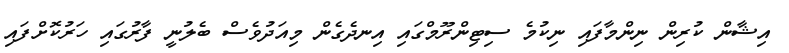
އިޝާން ކުރިން ނިންމާފައި ނިކުމެ ސިޓިންރޫމްގައި އިނދެގެން މިއަދުވެސް ބެލުނީ ފާރުގައި ހަރުކޮށްފައި